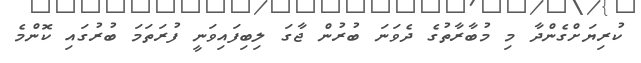
ކުރިޔަށްގެންދާ މި މުބާރާތުގެ ދެވަނަ ބުރުން ޖާގަ ލިބިފައިވަނީ ފުރަތަމަ ބުރުގައި ކޮންމެ